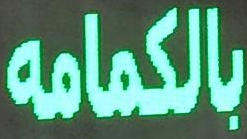
بالكمامه